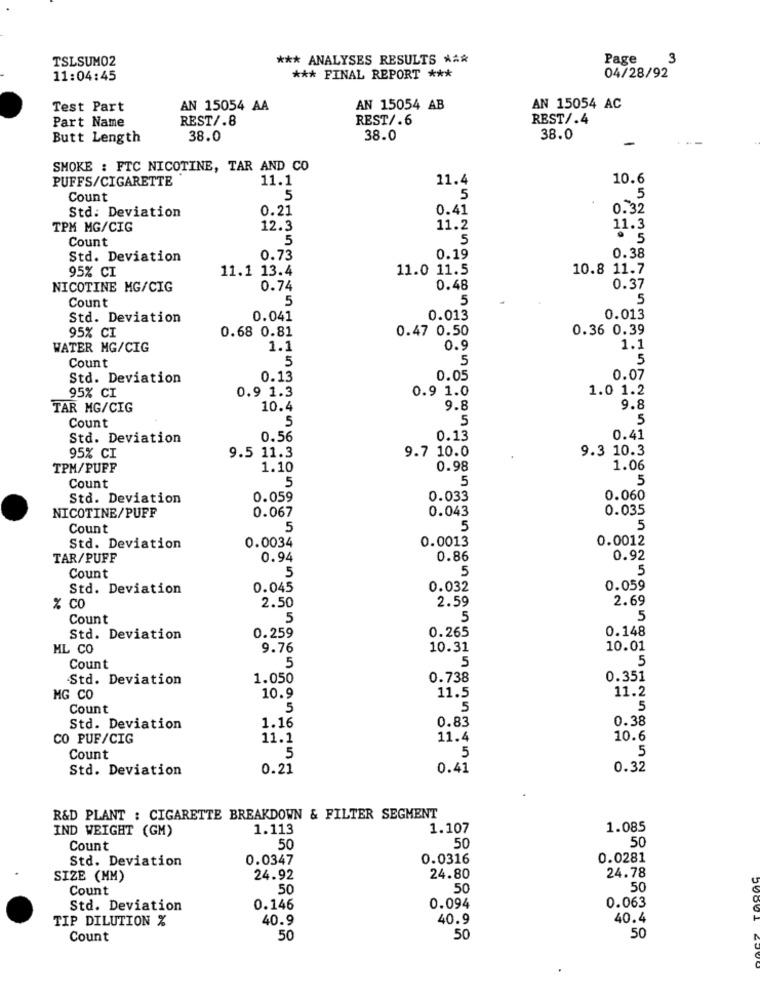
TSLSUM02
*** ANALYSES RESULTS ***
Page
3
11:04:45
*** FINAL REPORT ***
04/28/92
Test Part
AN 15054 AA
AN 15054 AB
AN 15054 AC
Part Name
REST/.8
REST/.6
REST/.4
Butt Length
38.0
38.0
38.0
-
SMOKE : FTC NICOTINE, TAR AND CO
PUFFS/CIGARETTE
11.1
11.4
10.6
Count
5
5
5
Std: Deviation
0.21
0.41
0.32
TPM MG/CIG
12.3
11.2
11.3
Count
5
5
· 5
Std. Deviation
0.73
0.19
0.38
95% CI
11.1 13.4
11.0 11.5
10.8 11.7
NICOTINE MG/CIG
0.74
0.48
0.37
Count
5
5
5
Std. Deviation
0.041
0.013
0.013
95% CI
0.68 0.81
0.47 0.50
0.36 0.39
WATER MG/CIG
1.1
0.9
1.1
Count
5
5
5
Std. Deviation
0.13
0.05
0.07
95% CI
0.9 1.3
1.0 1.2
0.9 1.0
TAR MG/CIG
10.4
9.8
9.8
Count
5
5
5
Std. Deviation
0.56
0.13
0.41
9.7 10.0
9.3 10.3
95% CI
9.5 11.3
TPM/PUFF
1.10
0.98
1.06
5
5
5
Count
Std. Deviation
0.059
0.033
0.060
NICOTINE/PUFF
0.067
0.043
0.035
Count
5
5
5
0.0013
0.0012
Std. Deviation
0.0034
TAR/PUFF
0.94
0.86
0.92
5
5
Count
5
Std. Deviation
0.045
0.032
0.059
2.50
2.59
2.69
% co
Count
5
5
5
0.265
0.148
Std. Deviation
0.259
ML CO
9.76
10.31
10.01
Count
5
5
5
Std. Deviation
1.050
0.738
0.351
MG CO
10.9
11.5
11.2
Count
5
5
5
0.83
0.38
Std. Deviation
1.16
CO PUF/CIG
11.1
11.4
10.6
5
Count
5
5
Std. Deviation
0.21
0.41
0.32
R&D PLANT : CIGARETTE BREAKDOWN & FILTER SEGMENT
IND WEIGHT (GM)
1.113
1.107
1.085
50
Count
50
50
Std. Deviation
0.0347
0.0316
0.0281
24.78
SIZE (MM)
24.92
24.80
Count
50
50
50
0.063
Std. Deviation
0.146
0.094
TIP DILUTION %
40.9
40.9
40.4
Count
50
50
50